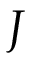
J